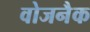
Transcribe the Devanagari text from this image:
वोजनैक